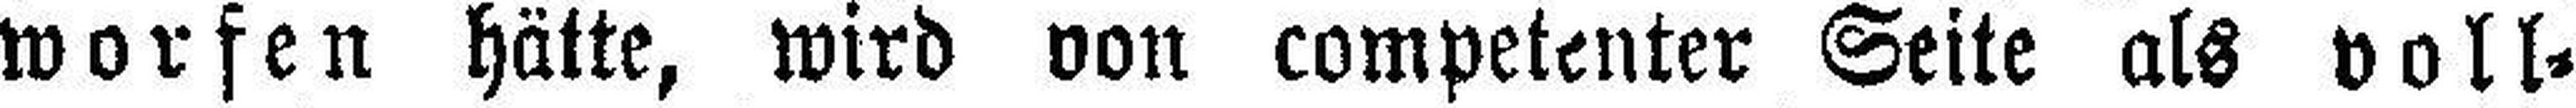
worfen hätte, wird von competenter Seite als voll¬